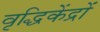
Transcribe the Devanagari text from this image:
वृद्धिकेंद्रों